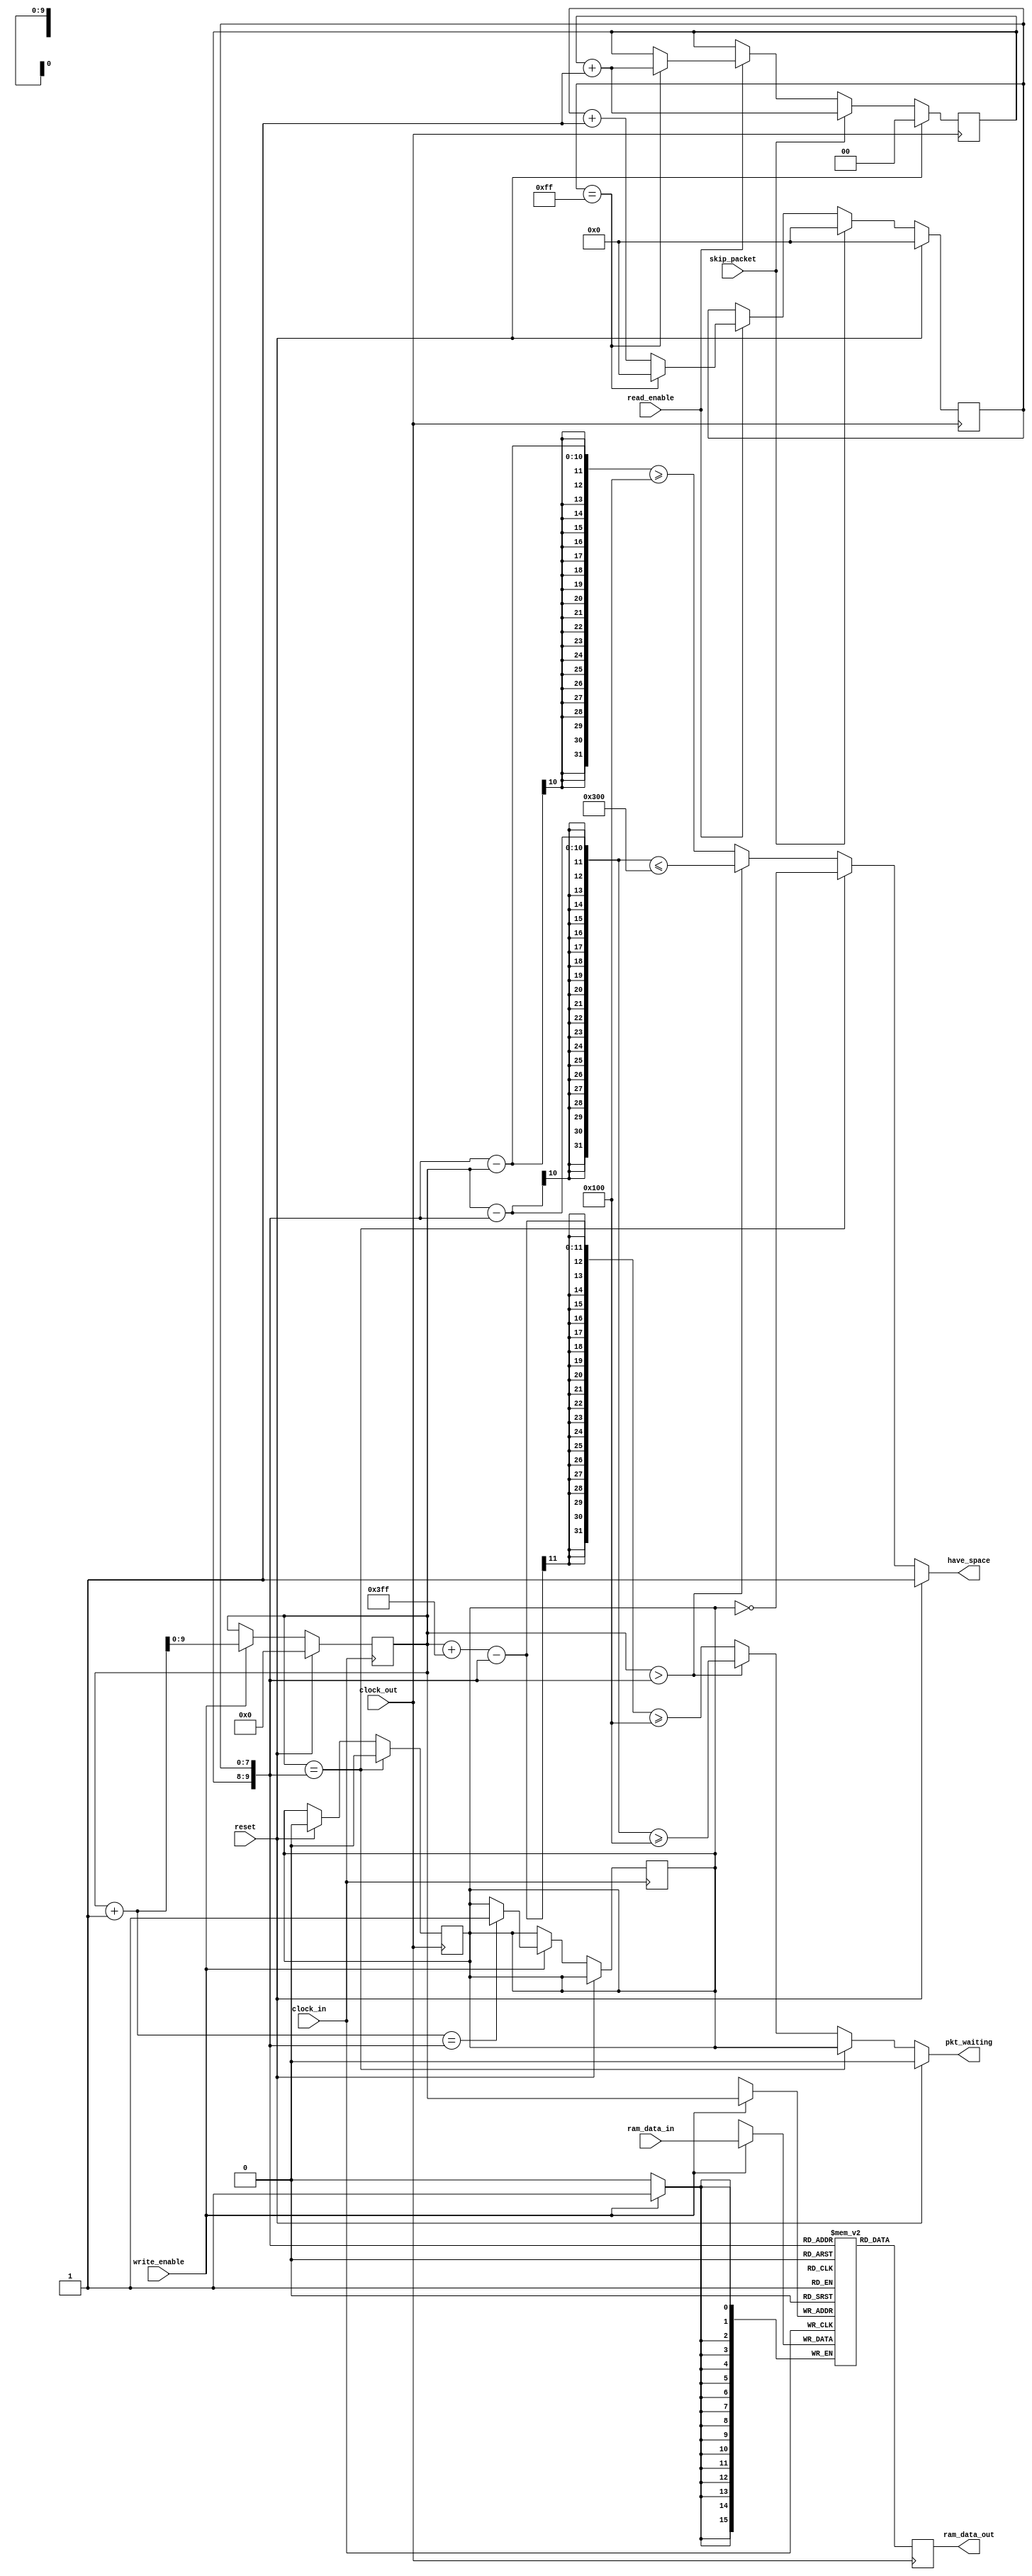
module usb_packet_fifo 
  ( input       reset,
    input       clock_in,
    input       clock_out,
    input       [15:0]ram_data_in,
    input       write_enable,
    output  reg [15:0]ram_data_out,
    output  reg pkt_waiting,
    output  reg have_space,
    input       read_enable,
    input       skip_packet          ) ;
    parameter DATA_WIDTH = 16 ;
    parameter NUM_PACKETS = 4 ;
    reg [DATA_WIDTH-1:0] usb_ram [256*NUM_PACKETS-1:0] ;
    reg [7-2+NUM_PACKETS:0] usb_ram_ain ;
    reg [7:0] usb_ram_offset ;
    reg [1:0] usb_ram_packet ;
    wire [7-2+NUM_PACKETS:0] usb_ram_aout ;
    reg isfull;
    assign usb_ram_aout = {usb_ram_packet,usb_ram_offset} ;
    always @(usb_ram_ain, usb_ram_aout)
    begin
        if (reset)
            pkt_waiting <= 0;
        else if (usb_ram_ain == usb_ram_aout)
            pkt_waiting <= isfull;
        else if (usb_ram_ain > usb_ram_aout)
            pkt_waiting <= (usb_ram_ain - usb_ram_aout) >= 256;
        else
            pkt_waiting <= (usb_ram_ain + 10'b1111111111 - usb_ram_aout) >= 256;
    end
    always @(usb_ram_ain, usb_ram_aout)
    begin
        if (reset)
            have_space <= 1;
        else if (usb_ram_ain == usb_ram_aout)
            have_space <= ~isfull;   
        else if (usb_ram_ain > usb_ram_aout)
            have_space <= (usb_ram_ain - usb_ram_aout) <= 256 * (NUM_PACKETS - 1);
        else
            have_space <= (usb_ram_aout - usb_ram_ain) >= 256;
    end
    always @(posedge clock_in)
    begin
        if( reset )
            usb_ram_ain <= 0 ;
        else
            if( write_enable ) 
              begin
                usb_ram_ain <= usb_ram_ain + 1 ;
                if (usb_ram_ain + 1 == usb_ram_aout)
                   isfull <= 1;
              end
    end
    always @(posedge clock_in)
    begin
        if( write_enable ) 
          begin
            usb_ram[usb_ram_ain] <= ram_data_in ;
          end
    end
    always @(posedge clock_out)
    begin
        if( reset ) 
          begin
            usb_ram_packet <= 0 ;
            usb_ram_offset <= 0 ;
            isfull <= 0;
          end
        else
            if( skip_packet )
              begin
                usb_ram_packet <= usb_ram_packet + 1 ;
                usb_ram_offset <= 0 ;
              end
            else if(read_enable)
                if( usb_ram_offset == 8'b11111111 )
                  begin
                    usb_ram_offset <= 0 ;
                    usb_ram_packet <= usb_ram_packet + 1 ;
                  end
                else
                    usb_ram_offset <= usb_ram_offset + 1 ;
            if (usb_ram_ain == usb_ram_aout)
               isfull <= 0;                       
    end
    always @(posedge clock_out)
    begin
        ram_data_out <= usb_ram[usb_ram_aout] ;
    end
endmodule